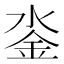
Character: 𨥗